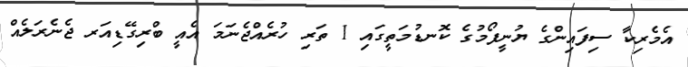
އެމެރިކާ ސިފައިންގެ ޔުނީފޯމުގެ ކޮނޑުމަތީގައި 1 ތަރި ހުރެއްޖެނަމަ އެއީ ބްރިގޭޑިއަރ ޖެނެރަލެއް